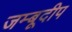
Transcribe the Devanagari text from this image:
जम्बूदीप